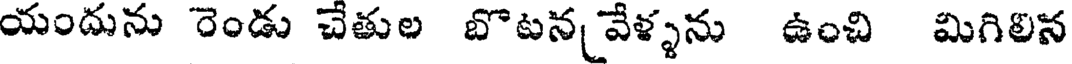
యందును రెండు చేతుల బొటన వేళ్ళను ఉంచి మిగిలిన